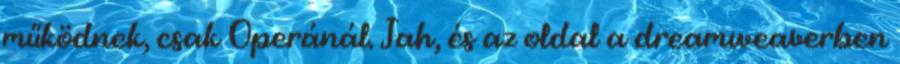
működnek, csak Operánál. Jah, és az oldal a dreamweaverben